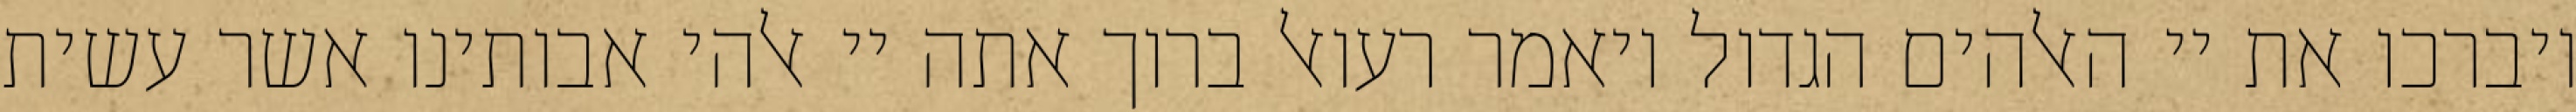
ויברכו את יי האלהים הגדול ויאמר רעואל ברוך אתה יי אלהי אבותינו אשר עשית